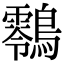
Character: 䴇